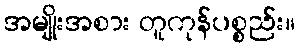
အမျိုးအစား တူကုန်ပစ္စည်း။